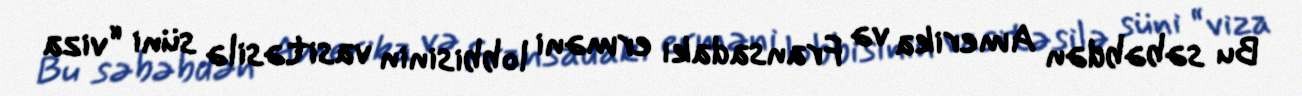
Bu səbəbdən Amerika və Fransadakı erməni lobbisinin vasitəsilə süni “viza